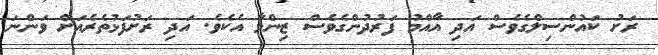
ރަށު ކައުންސިލްގެވެސް އަދި އާއްމު ފަރުދުންގެވެސް ޒިންމާ އެކެވެ. އަދި ރަށުފަޅުތެރެއަށް ވަންނަ